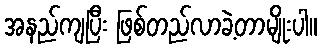
အနည်ကျပြီး ဖြစ်တည်လာခဲ့တာမျိုးပါ။